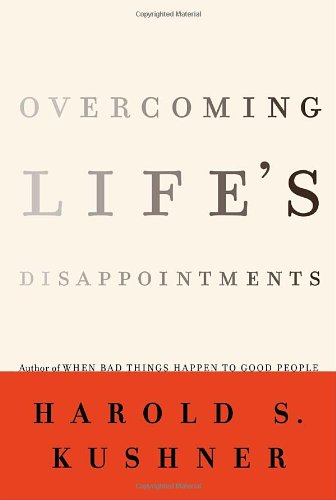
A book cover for Overcoming Life's Disappointments; Harold S. Kushner; Religion & Spirituality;